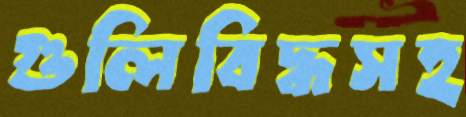
গুলিবিদ্ধসহ